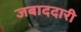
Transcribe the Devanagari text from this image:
जबाददारी